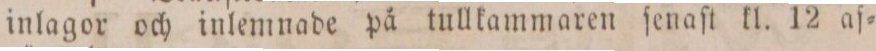
inlagor och inlemnade på tullkammaren ſenaſt kl. 12 af=